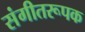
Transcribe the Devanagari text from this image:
संगीतरूपक